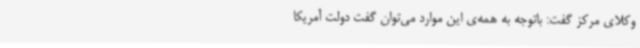
وکلای مرکز گفت: باتوجه به همه‌ی این موارد می‌توان گفت دولت آمریکا